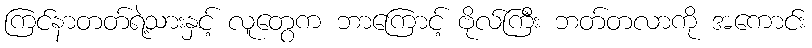
ကြင်နာတတ်ရဲ့သားနှင့် လူတွေက ဘာကြောင့် ဗိုလ်ကြီး ဘတ်တလာကို အကောင်း